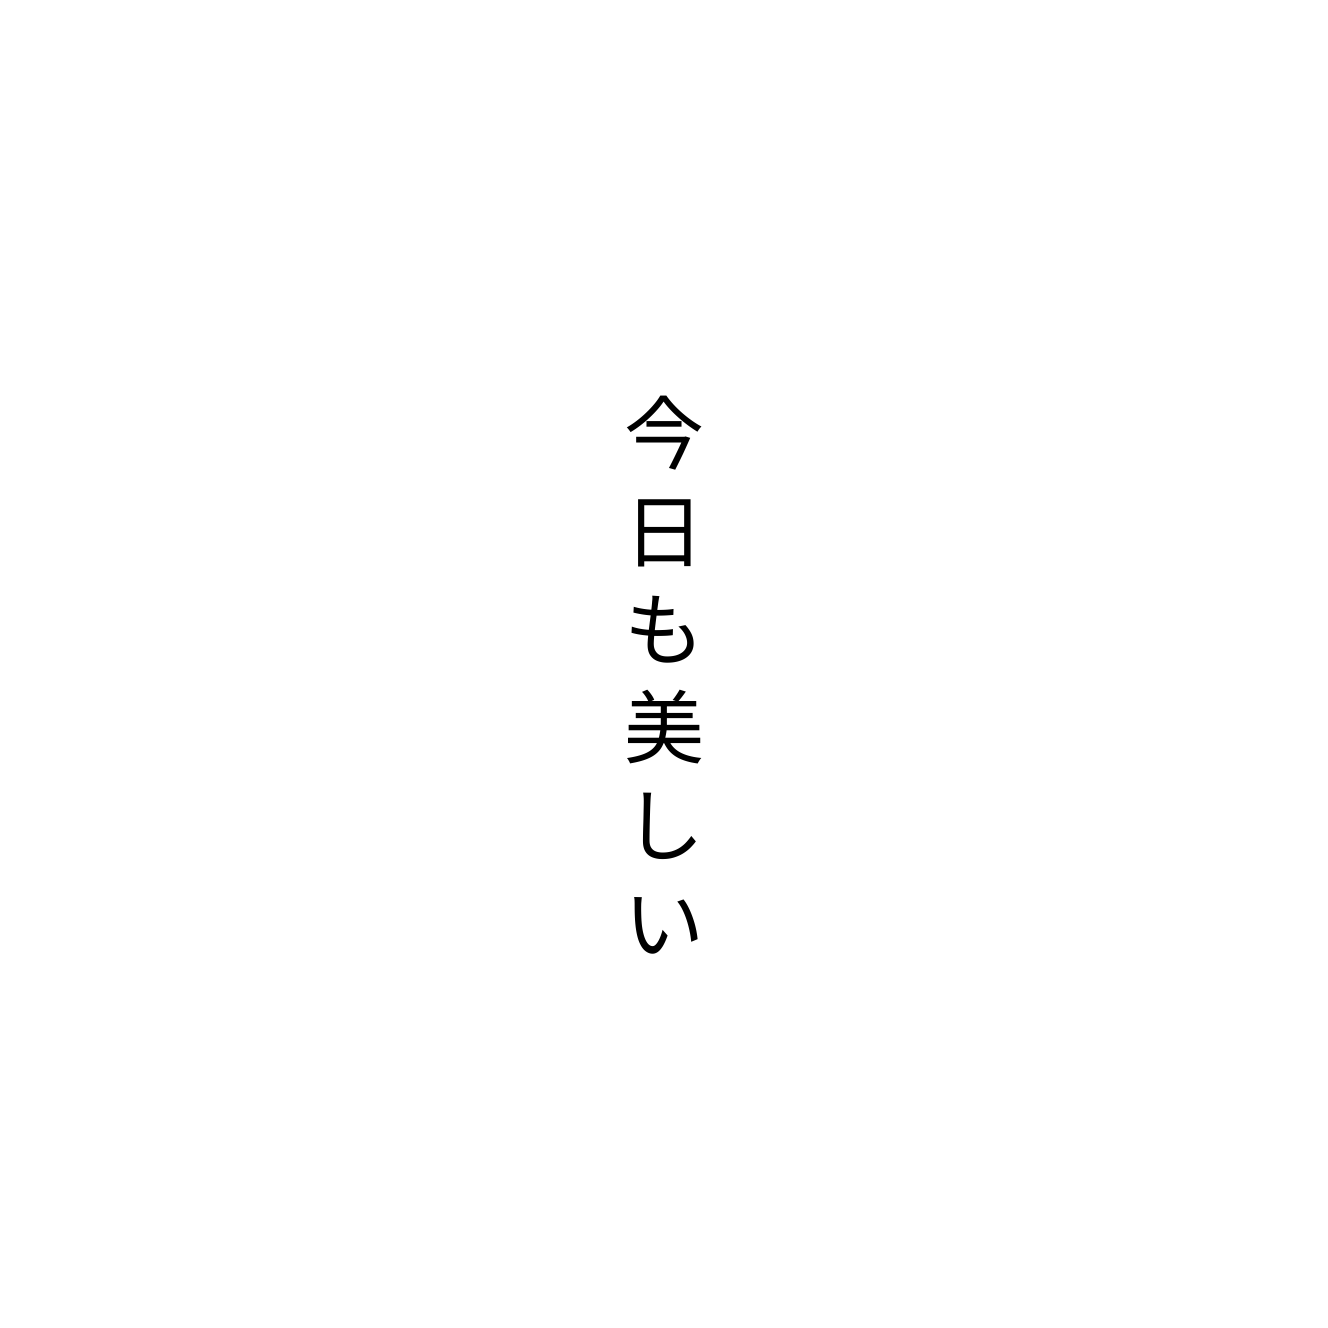
今日も美しい